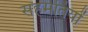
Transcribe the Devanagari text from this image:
सहमतियों